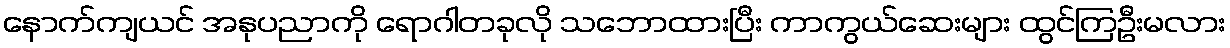
နောက်ကျယင် အနုပညာကို ရောဂါတခုလို သဘောထားပြီး ကာကွယ်ဆေးများ ထွင်ကြဦးမလား